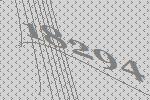
18294